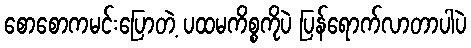
စောစောကမင်းပြောတဲ့ ပထမကိစ္စကိုပဲ ပြန်ရောက်လာတာပါပဲ